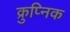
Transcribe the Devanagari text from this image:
क्रुप्निक